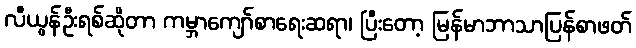
လီယွန်ဦးရစ်ဆိုတာ ကမ္ဘာကျော်စာရေးဆရာ၊ ပြီးတော့ မြန်မာဘာသာပြန်စာဖတ်